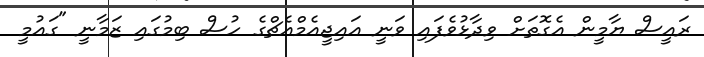
ރައީސް ޔާމީން އެގޮތަށް ވިދާޅުވެފައި ވަނީ އައިޖީއެމްއެޗްގެ ހުސް ބިމުގައި ޒަމާނީ "ގައުމީ